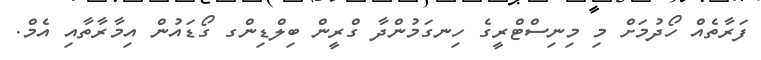
ފަރާތެއް ހޯދުމަށް މި މިނިސްޓްރީގެ ހިނގަމުންދާ ގްރީން ބިލްޑިންގ ގޯޑައުން އިމާރާތާއި އެމް.